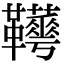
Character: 𩎁